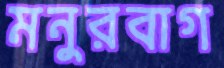
মনুরবাগ